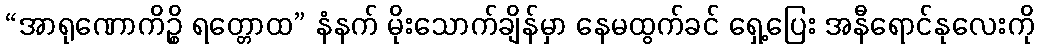
“အာရုဏောကိဉ္စိ ရတ္တောထ” နံနက် မိုးသောက်ချိန်မှာ နေမထွက်ခင် ရှေ့ပြေး အနီရောင်နုလေးကို